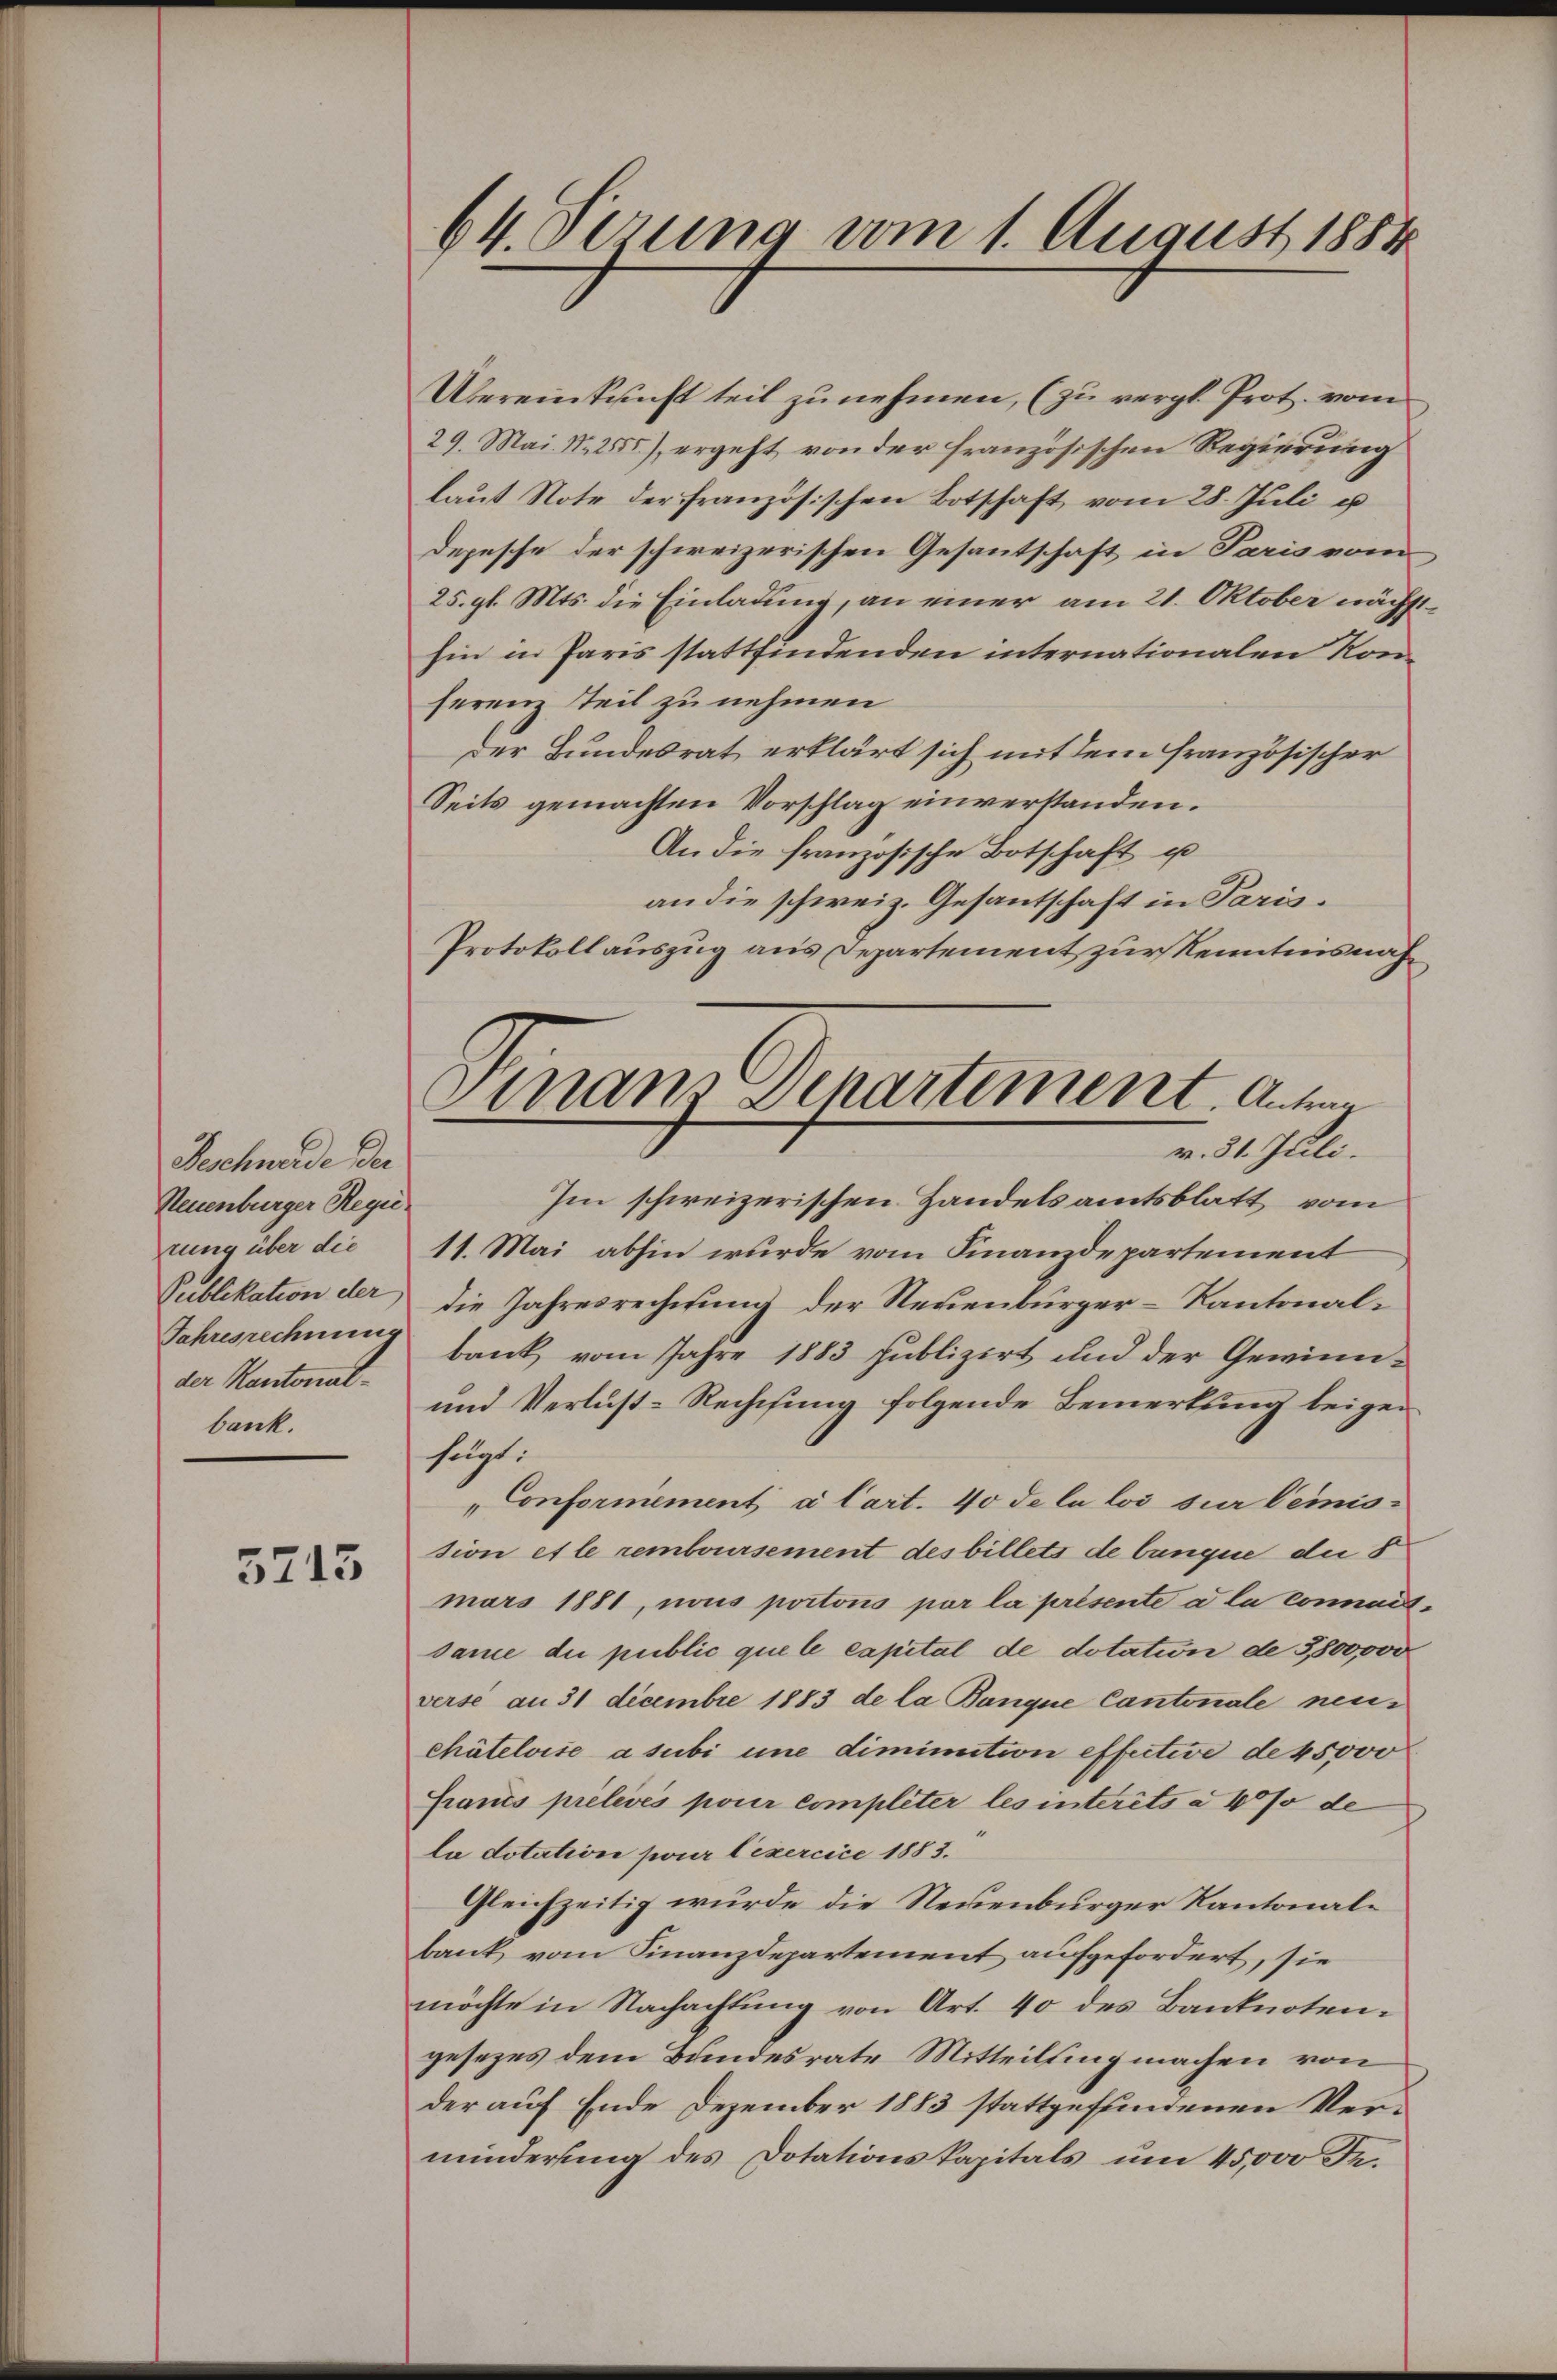
Beschwerde der
Neuenburger Regierung über die
Publikation der
Jahresrechnung
der Kantonalbank.

3713

64. Ferung vom 1. August 1884

Übereinkunft teil zu nehmen, (zu vergl. Prot. vom
29. Mai. N. 2555), ergeht von der französischen Regierung
laŭt Note der französischen Botschaft vom 28. Juli u
depesche der schweizerischen Gesantschaft in Paris vom
25. gl. Mts. die Einladung, an einer am 21. Oktober nächsthin in Paris stattfindenden internationalen Konferenz teil zu nehmen
der Bundesrat erklärt sich mit dem französischer
Seits gemachten Vorschlag einverstanden.
An die französische Botschaft u
an die schweiz. Gesantschaft in Paris.
Protokollauszug aus Departement zur Kenntnisnah¬
Im schweizerischen Handelsamtsblatt vom
11. Mai abhin wurde vom Finanzdepartement
die Jahresrechnung der Neuenbürger-Kantonalbank vom Jahre 1883 publizirt und der Gewinn¬
und Verlust-Rechnung folgende Bemerkung beigefegt.
"Conformement a Cart. 40 de la loi sur lemission et le remboursement des billets de tanque der S
mars 1881, nous portons par la présente a la connad
same die public que le capital de dotation de 3,800,000
versé au 31 decembre 1883 de la Banque Cantonale neus
chátelvise a subi une diminution effective de 45000
Crancs prelevés pour compliter les interits à 40% de
la dotation pour Cexercice 1883.
Gleichzeitig wurde die Neuenburger Kantonalbank vom Finanzdepartement aufgefordert, sie
möchte in Nachachtung von Art. 40 des Banknoten.
gesezes dem Bundesrate Mitteilsing machen von
der auf Ende Dezember 1883 stattgefundenen Verminderung des Dotationskapitals um 45,000 Fe¬

mnan Departement. Antran
v. 31. Juli.